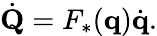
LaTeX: {\dot{\mathbf{Q}}}=F_{*}(\mathbf{q}){\dot{\mathbf{q}}}.